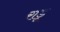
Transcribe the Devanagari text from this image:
राडू